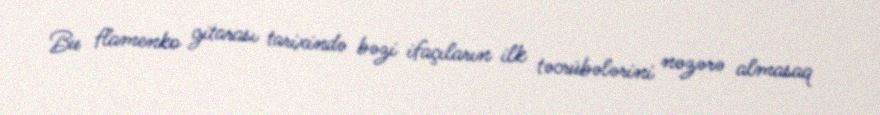
Bu flamenko gitarası tarixində bəzi ifaçıların ilk təcrübələrini nəzərə almasaq